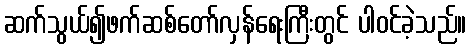
ဆက်သွယ်၍ဖက်ဆစ်တော်လှန်ရေးကြီးတွင် ပါဝင်ခဲ့သည်။